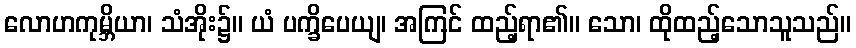
လောဟကုမ္ဘိယာ၊ သံအိုး၌။ ယံ ပက္ခိပေယျ၊ အကြင် ထည့်ရာ၏။ သော၊ ထိုထည့်သောသူသည်။